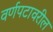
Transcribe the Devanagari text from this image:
वर्णपटावरील